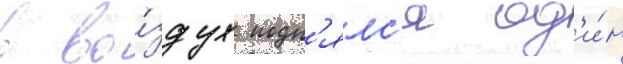
в во́здух подн'ялс'я од'и́н